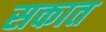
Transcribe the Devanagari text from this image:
सकात